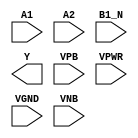
module sky130_fd_sc_ls__o21bai (
    //# {{data|Data Signals}}
    input  A1  ,
    input  A2  ,
    input  B1_N,
    output Y   ,

    //# {{power|Power}}
    input  VPB ,
    input  VPWR,
    input  VGND,
    input  VNB
);
endmodule